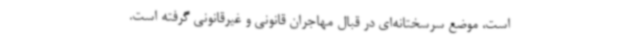
است،‌ موضع سرسختانه‌ای در قبال مهاجران قانونی و غیرقانونی گرفته است.